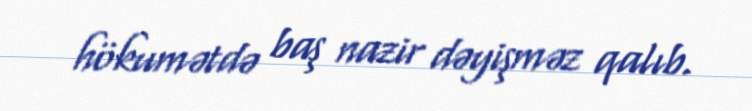
hökumətdə baş nazir dəyişməz qalıb.